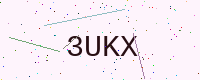
Text: 3UKX